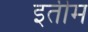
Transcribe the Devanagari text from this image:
इतीम